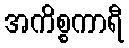
အကိစ္စကာရီ